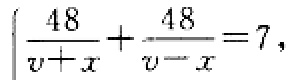
\(\frac{48}{v + x}+\frac{48}{v - x}=7\)